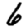
Digit: 6